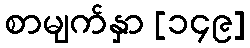
စာမျက်နှာ [၁၄၉]